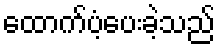
ထောက်ပံ့ပေးခဲ့သည်